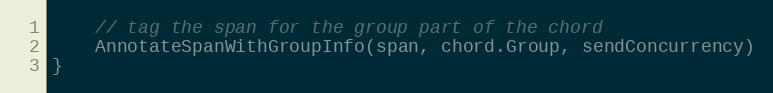
Language: Go
	// tag the span for the group part of the chord
	AnnotateSpanWithGroupInfo(span, chord.Group, sendConcurrency)
}